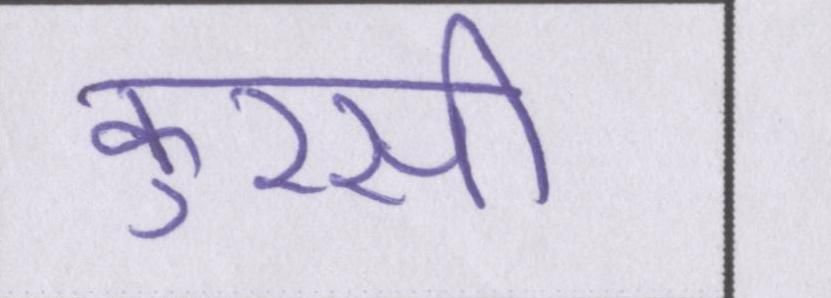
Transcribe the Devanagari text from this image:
कुरसी